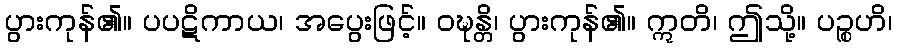
ပွားကုန်၏။ ပပဋိကာယ၊ အပွေးဖြင့်။ ဝဍ္ဎန္တိ၊ ပွားကုန်၏။ ဣတိ၊ ဤသို့။ ပဉ္စဟိ၊